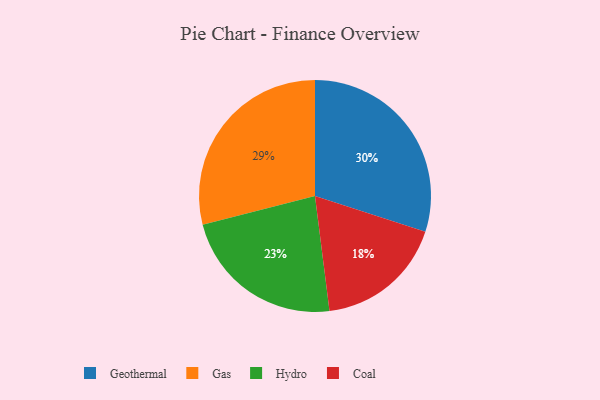
{"axis": {"x": "Category", "y": "Percentage"}, "legend": ["Coal", "Gas", "Geothermal", "Hydro"], "data": [{"x": "Geothermal", "y": 30, "type": "Geothermal"}, {"x": "Gas", "y": 29, "type": "Gas"}, {"x": "Coal", "y": 18, "type": "Coal"}, {"x": "Hydro", "y": 23, "type": "Hydro"}]}